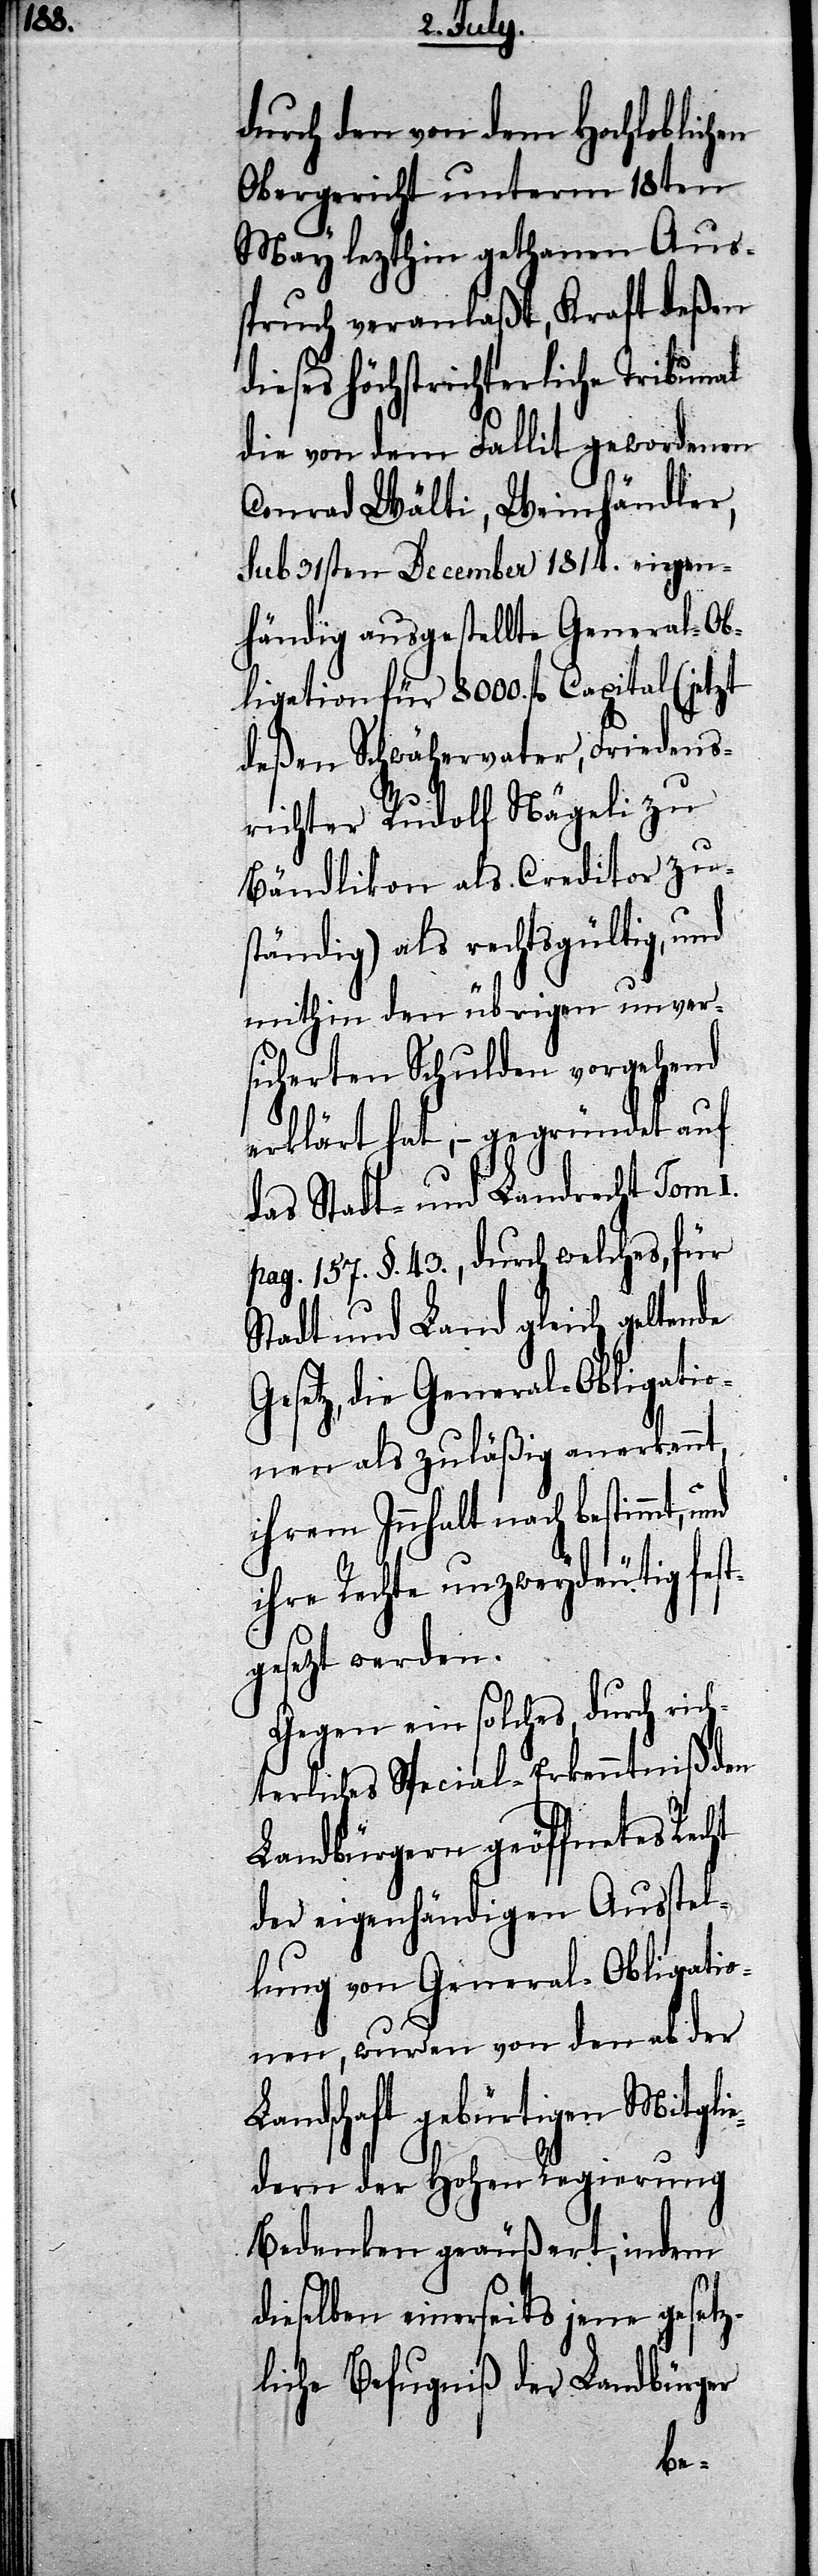
durch den von dem Hochloblichen
Obergericht unterm 18ten
May lezthin gethanen Aus¬
spruch veranlaßt, Kraft deßen
dieses höchstrichterliche Tribunal
die von dem Fallit gewordenen
Conrad Wälti, Weinhändler,
sub 31sten December 1814. eigen¬
händig ausgestellte General-Ob¬
ligation für 8000. fl. Capital (jetzt
deßen Schwähervater, Friedens¬
t¬
richter Rudolf Nägeli zu
Bändlikon als Creditor zu¬
ständig) als rechtsgültig,
mithin den übrigen unver¬
sicherten Schulden vorgehend
erklärt hat, – gegründet auf
das Stadt- und Landrecht Tom I.
pag. 157. §. 43, durch welches, für
Stadt und Land gleich geltende
Gesetz, die General-Obligatio¬
nen als zuläßig anerkennt,
ihrem Innhalt nach bestimm¬
ihre Rechte unzweydeutig fes¬
gesezt werden.
Gegen ein solches, durch rich¬
terliches Special-Erkenntniß den
Landbürgern geöffnetes Recht
der eigenhändigen Ausstel¬
lung von General-Obligatio¬
nen, wurden von den ab der
Landschaft gebürtigen Mitglie¬
dern der Hohen Regierung
Bedenken geäußert, indem
dieselben einerseits jene gesetz¬
liche Befugniß der Landbürger